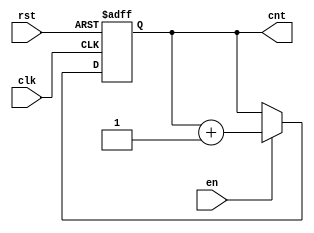
module UpCounterWithEnable (
    input wire clk,      // Clock signal
    input wire en,       // Enable signal
    input wire rst,      // Asynchronous reset signal
    output reg [3:0] cnt // 4-bit count output
);

// Always block triggered on the rising edge of the clock
always @(posedge clk or posedge rst) begin
    if (rst) begin
        // Asynchronous reset: set count to 0
        cnt <= 4'b0000;
    end else if (en) begin
        // Increment count if enable is asserted
        cnt <= cnt + 1;
    end
    // If rst is low and en is low, count retains its value
end

endmodule